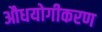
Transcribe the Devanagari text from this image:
औधयोगीकरण